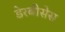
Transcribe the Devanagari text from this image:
डेरबीसेस